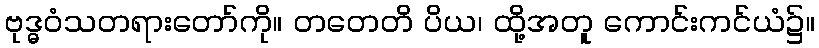
ဗုဒ္ဓဝံသတရားတော်ကို။ တတေတိ ပိယ၊ ထို့အတူ ကောင်းကင်ယံ၌။